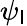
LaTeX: \psi_{\mathsf{I}}